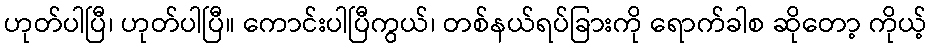
ဟုတ်ပါပြီ၊ ဟုတ်ပါပြီ။ ကောင်းပါပြီကွယ်၊ တစ်နယ်ရပ်ခြားကို ရောက်ခါစ ဆိုတော့ ကိုယ့်